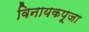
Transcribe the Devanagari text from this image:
विनायकपूजा